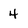
Character: 4